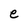
Character: e